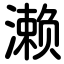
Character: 濑